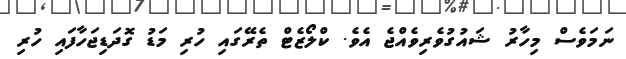
ނަމަވެސް މިހާރު ޝައުގުވެރިވެއްޖެ އެވެ. ކްލޯޒެޓް ތެރޭގައި ހުރި މަޑު ގޮދަޑިޖަހާފައި ހުރި